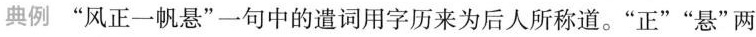
典例 ”风正一帆悬”一句中的遣词用字历来为后人所称道。”正””悬”两